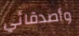
وأصدقائي